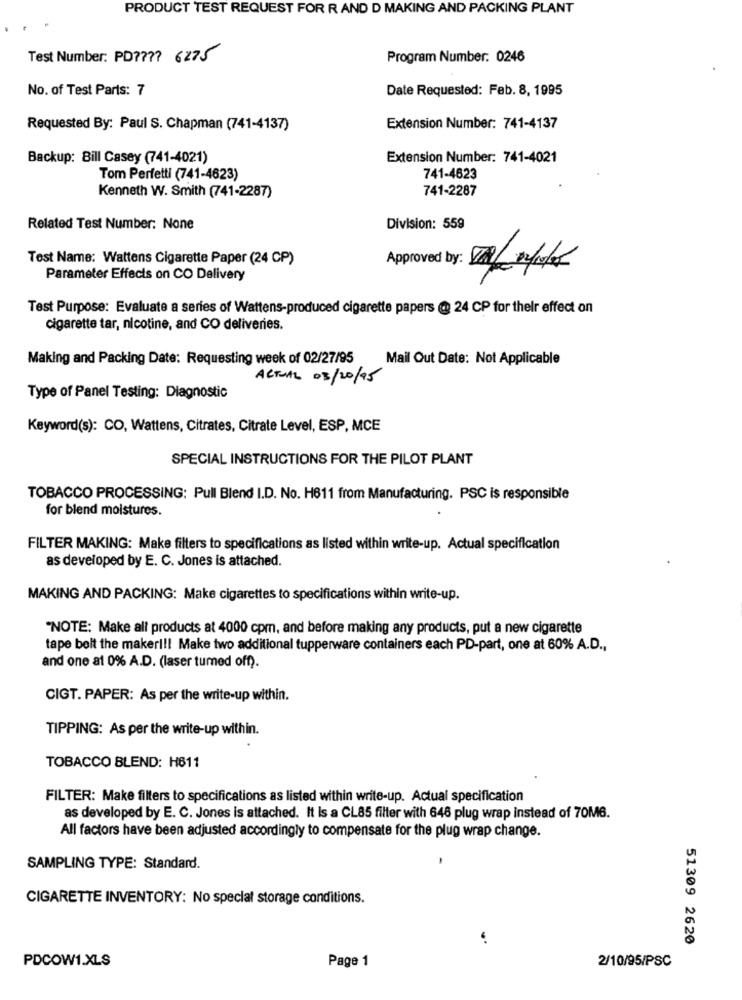
PRODUCT TEST REQUEST FOR R AND D MAKING AND PACKING PLANT
Test Number: PD ???? 6275
Program Number: 0246
No. of Test Parts: 7
Date Requested: Feb. 8, 1995
Requested By: Paul S. Chapman (741-4137)
Extension Number: 741-4137
Backup: Bill Casey (741-4021)
Extension Number: 741-4021
Tom Perfetti (741-4623)
741-4623
741-2287
Kenneth W. Smith (741-2287)
Related Test Number: None
Division: 559
Test Name: Wattens Cigarette Paper (24 CP)
Approved by: 11/0/15
Parameter Effects on CO Delivery
Test Purpose: Evaluate a series of Wattens-produced cigarette papers @ 24 CP for their effect on
cigarette tar, nicotine, and CO deliveries.
Making and Packing Date: Requesting week of 02/27/95
Mail Out Date: Not Applicable
ACTUAL 03/20/95
Type of Panel Testing: Diagnostic
Keyword(s): CO, Wattens, Citrates, Citrate Level, ESP, MCE
SPECIAL INSTRUCTIONS FOR THE PILOT PLANT
TOBACCO PROCESSING: Pull Blend I.D. No. H611 from Manufacturing. PSC is responsible
for blend moistures.
FILTER MAKING: Make filters to specifications as listed within write-up. Actual specification
as developed by E. C. Jones is attached.
MAKING AND PACKING: Make cigarettes to specifications within write-up.
"NOTE: Make all products at 4000 cpm, and before making any products, put a new cigarette
tape belt the makeri !! Make two additional tupperware containers each PD-part, one at 60% A.D .,
and one a1 0% A.D. (laser turned off).
CIGT. PAPER: As per the write-up within.
TIPPING: As per the write-up within.
TOBACCO BLEND: H611
FILTER: Make filters to specifications as listed within write-up. Actual specification
as developed by E. C. Jones is attached. It Is a CL85 filter with 646 plug wrap instead of 70M6.
All factors have been adjusted accordingly to compensate for the plug wrap change.
SAMPLING TYPE: Standard.
CIGARETTE INVENTORY: No special storage conditions.
51309 2620
PDCOW1.XLS
Page 1
2/10/95/PSC